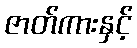
ဇာတ်ကားနှင့်